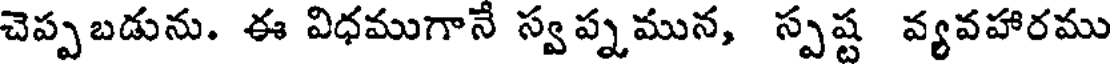
చెప్పబడును. ఈ విధముగానే స్వప్నమున, స్పష్ట వ్యవహారము